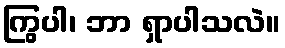
ကြွပါ၊ ဘာ ရှာပါသလဲ။